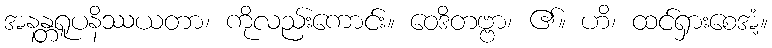
အနန္တရူပနိဿယတာ၊ ကိုလည်းကောင်း။ ဝေဒိတဗ္ဗာ၊ ၏။ ဟိ၊ ထင်ရှားစေအံ့။